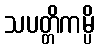
သပတ္တိကမ္ပိ